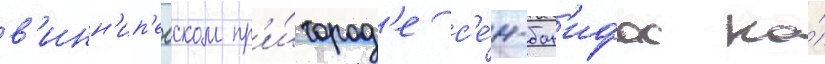
в'инн'ип'егском пр'и́город'е с'е́н-бон'ифас на́